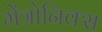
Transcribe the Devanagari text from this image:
मेंत्रोनिक्स